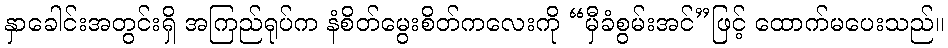
နှာခေါင်းအတွင်းရှိ အကြည်ရုပ်က နံစိတ်မွေးစိတ်ကလေးကို “မှီခံစွမ်းအင်”ဖြင့် ထောက်မပေးသည်။